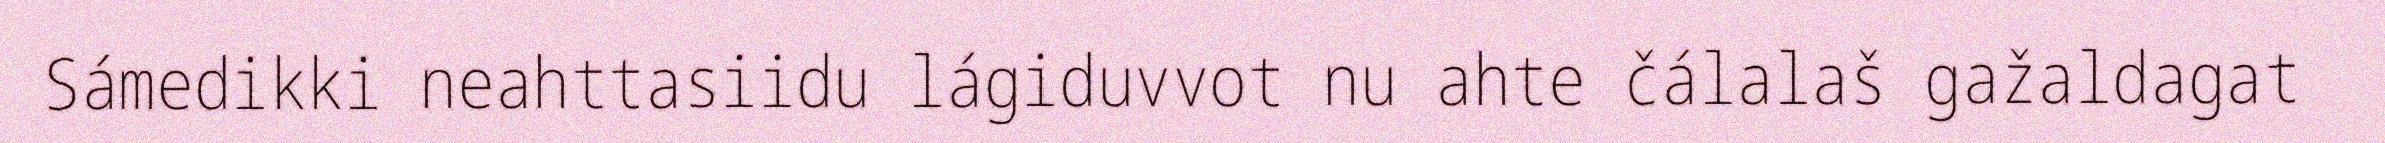
Sámedikki neahttasiidu lágiduvvot nu ahte čálalaš gažaldagat